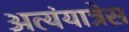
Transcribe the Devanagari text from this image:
अत्यंयात्रेस